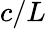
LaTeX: c/L